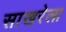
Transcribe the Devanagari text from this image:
साखरेला